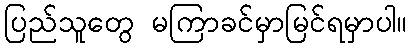
ပြည်သူတွေ မကြာခင်မှာမြင်ရမှာပါ။